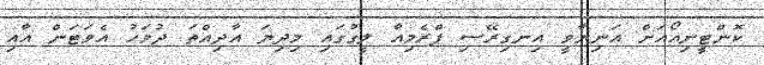
ކޮންޓީނިއޯއަށް އަނިޔާވީ އިނގިރޭސި ޕްރެމިއާ ލީގުގައި މިދިޔަ އާދިއްތަ ދުވަހު އެވަޓަން އާއި